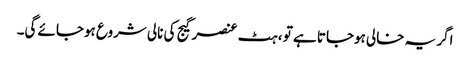
اگر یہ خالی ہوجاتا ہے تو ، ہٹ عنصر گیج کی نالی شروع ہوجائے گی۔